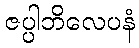
ဇပ္ပါဘိလေပနံ